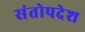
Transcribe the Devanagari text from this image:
संतोपदेश